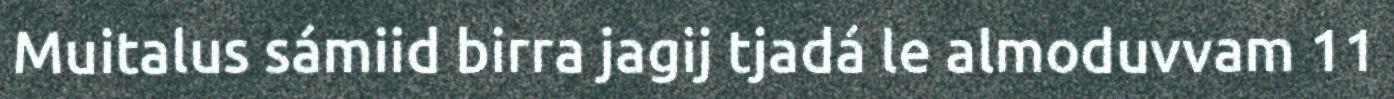
Muitalus sámiid birra jagij tjadá le almoduvvam 11